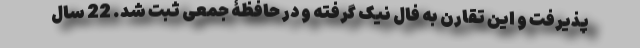
پذیرفت و این تقارن به فال نیک گرفته و در حافظۀ جمعی ثبت شد. 22 سال